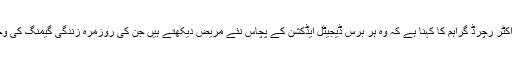
لندن کے نائٹانگیل ہسپتال کے ڈاکٹر رچرڈ گراہم کا کہنا ہے کہ وہ ہر برس ڈیجیٹل ایڈکشن کے پچاس نئے مریض دیکھتے ہیں جن کی روزمرہ زندگی گیمنگ کی وجہ سے متاثر ہو چکی ہوتی ہے۔